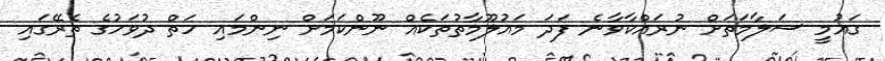
ގައުމީ ސަލާމަތަށް ނުރައްކާވާނެ ފަދަ މައުލޫމާތުތަކެއް ނޫންކަމަށް ނިންމައި ހަތް ދުވަހުގެ ތެރޭގައި